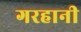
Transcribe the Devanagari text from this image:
गरहानी